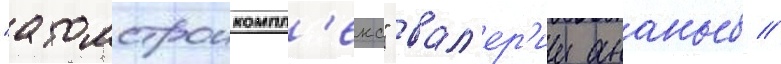
"атомстроикомпл'екс" вал'ер'ии ананьев //